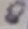
Text: 8